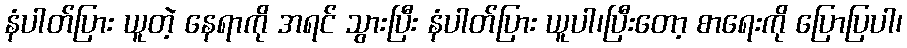
နံပါတ်ပြား ယူတဲ့ နေရာကို အရင် သွားပြီး နံပါတ်ပြား ယူပါ၊ပြီးတော့ စာရေးကို ပြောပြပါ၊